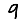
Digit: 9